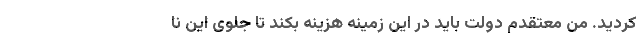
کردید. من معتقدم دولت باید در این زمینه هزینه بکند تا جلوی این نا